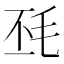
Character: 𣬾